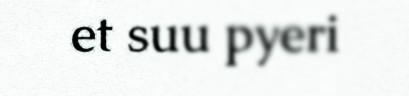
et suu pyeri